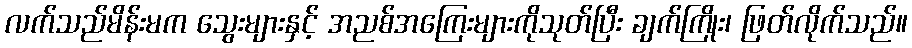
လက်သည်မိန်းမက သွေးများနှင့် အညစ်အကြေးများကိုသုတ်ပြီး ချက်ကြိုး၊ ဖြတ်လိုက်သည်။